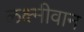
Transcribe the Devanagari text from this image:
लक्ष्मीवान